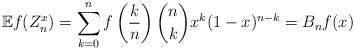
LaTeX: \begin{align*}\mathbb{E}f(Z^x_n)=\sum_{k=0}^n f\left(\frac{k}{n}\right){n\choose k}x^k(1-x)^{n-k}=B_nf(x)\end{align*}